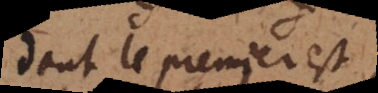
dont le premier est